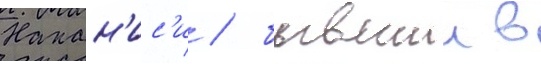
Накан'ис'и / бывшии в